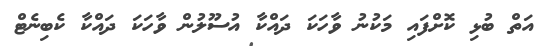
އަތް ބުޅި ކޮށްފައި މަކުނު ވާހަަކަ ދައްކާ އުސޫލުން ވާހަކަ ދައްކާ ކެބިނެޓް